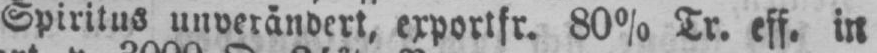
Spiritus unverändert, exportfr. 80% Tr. eff. in